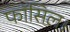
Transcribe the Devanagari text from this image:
फॉसिल।